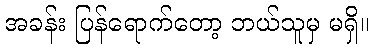
အခန်း ပြန်ရောက်တော့ ဘယ်သူမှ မရှိ။